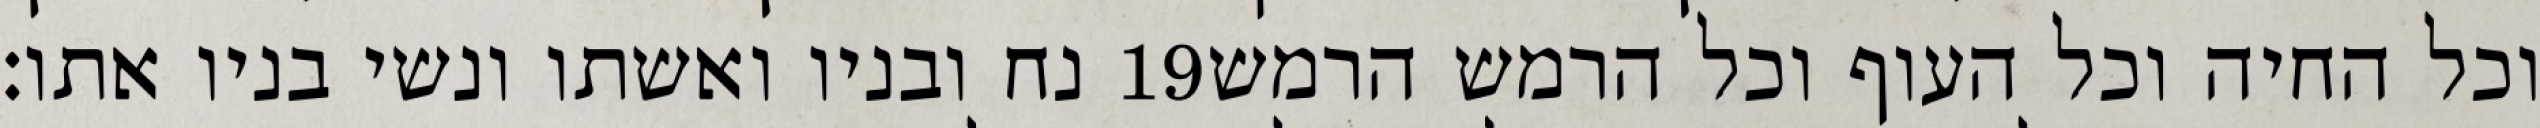
נח ובניו ואשתו ונשי בניו אתו׃ ‎19‏ וכל החיה וכל העוף וכל הרמש הרמש